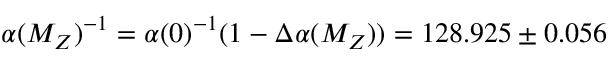
\alpha ( M _ { Z } ) ^ { - 1 } = \alpha ( 0 ) ^ { - 1 } ( 1 - \Delta \alpha ( M _ { Z } ) ) = 1 2 8 . 9 2 5 \pm 0 . 0 5 6